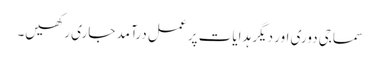
سماجی دوری اور دیگر ہدایات پر عمل درآمد جاری رکھیں۔